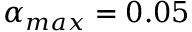
\alpha _ { m a x } = 0 . 0 5